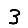
Digit: 3